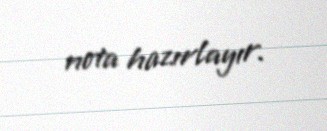
nota hazırlayır.